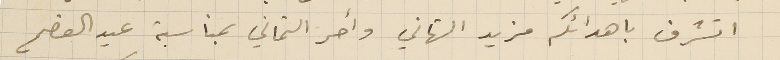
اتشرف باهدائكم مزيد التهاني واحر التماني بمناسبة عيد الفصح